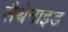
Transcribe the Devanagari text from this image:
लैथेनाइड